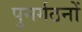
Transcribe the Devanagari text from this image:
पुनर्गठनों